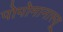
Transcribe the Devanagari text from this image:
पोपोमानास्यू